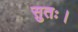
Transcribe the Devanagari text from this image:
सुतः।